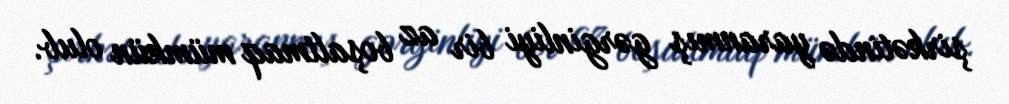
şirkətində yaranmış gərginliyi bir az boşaltmaq mümkün olub.